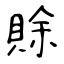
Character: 賖